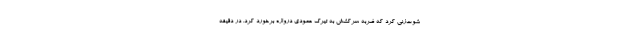
شوت‌زنی کرد که ضربه سرکشش به تیرک عمودی دروازه برخورد کرد. در دقیقه